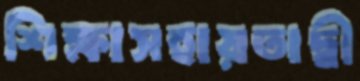
শিক্ষাসহায়তাদ্বী